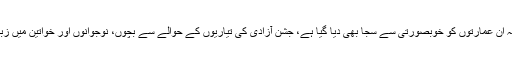
شہرکی اہم سرکاری ونیم سرکاری عمارتوں پر قومی پرچم لہرا دیے گئے جبکہ ان عمارتوں کو خوبصورتی سے سجا بھی دیا گیا ہے، جشن آزادی کی تیاریوں کے حوالے سے بچوں، نوجوانوں اور خواتین میں زبردست جوش و خروش پایا جاتا ہے،شہر بھر میں قومی پرچموں کی بہار آگئی۔